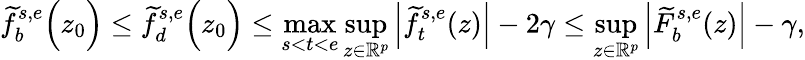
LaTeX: \widetilde{f}_{b}^{s,e}\Big(z_{0}\Big)\leq\widetilde{f}_{d}^{s,e}\Big(z_{0}\Big)\leq\operatorname*{max}_{s<t<e}\operatorname*{sup}_{z\in\mathbb{R}^{p}}\Big|\widetilde{f}_{t}^{s,e}(z)\Big|-2\gamma\leq\operatorname*{sup}_{z\in\mathbb{R}^{p}}\Big|\widetilde{F}_{b}^{s,e}(z)\Big|-\gamma,